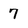
Character: 7